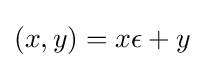
(x,y)=x\epsilon +y